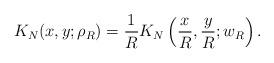
LaTeX: \begin{align*}K_N(x,y;\rho_R)=\frac{1}{R} K_N\left(\frac{x}{R},\frac{y}{R};w_R\right).\end{align*}